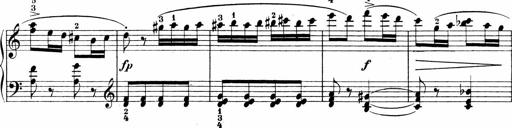
Title: 3 Sonatinas
Composer: Carl Reinecke